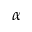
\alpha